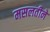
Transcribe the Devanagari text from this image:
मसलतीने